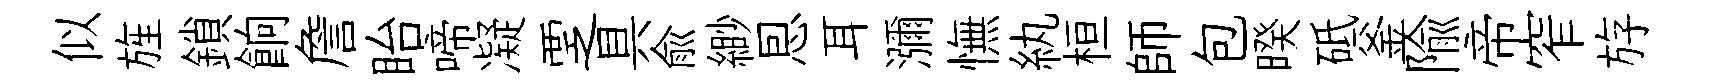
似旌鎖餉詹眙啼凝覂具俞緲㤙耳瀰憮紈桓師包暌砥釜隃帝窄斿